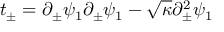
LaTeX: t _ { \pm } = \partial _ { \pm } \psi _ { 1 } \partial _ { \pm } \psi _ { 1 } - \sqrt { \kappa } \partial _ { \pm } ^ { 2 } \psi _ { 1 }